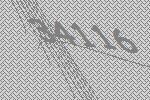
34116